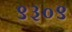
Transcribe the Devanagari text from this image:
९३०९